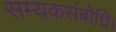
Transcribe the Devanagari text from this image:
सम्यकसंबोधि।